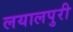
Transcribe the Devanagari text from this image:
लयालपुरी